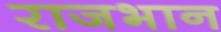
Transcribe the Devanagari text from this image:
राजभान